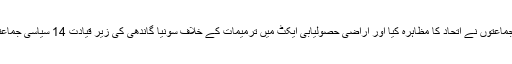
مارچ (سیاست ڈاٹ کام) مودی حکومت کے خلاف پہلی مرتبہ اپوزیشن جماعتوں نے اتحاد کا مظاہرہ کیا اور اراضی حصولیابی ایکٹ میں ترمیمات کے خلاف سونیا گاندھی کی زیر قیادت 14 سیاسی جماعتوں کے قائدین نے پارلیمنٹ تا راشٹرپتی بھون احتجاجی مارچ منظم کیا۔